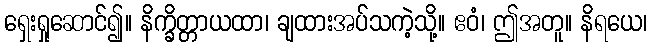
ရှေးရှုဆောင်၍။ နိက္ခိတ္တာယထာ၊ ချထားအပ်သကဲ့သို့။ ဧဝံ၊ ဤအတူ။ နိရယေ၊